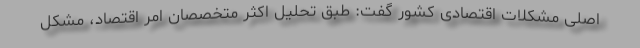
اصلی مشکلات اقتصادی کشور گفت: طبق تحلیل اکثر متخصصان امر اقتصاد، مشکل